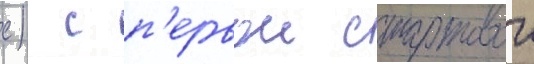
с) с п'ервои стартовои